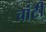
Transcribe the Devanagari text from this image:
चांटी